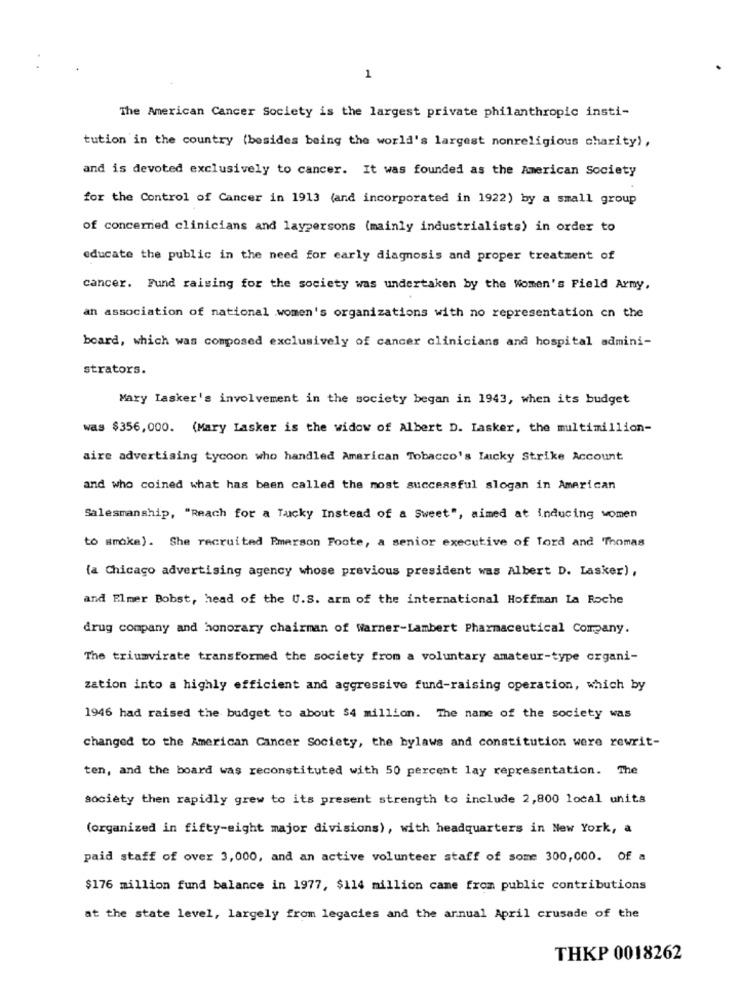
1
The American Cancer Society is the largest private philanthropic insti-
tution in the country (besides being the world's largest nonreligious charity),
and is devoted exclusively to cancer. It was founded as the American Society
for the Control of Cancer in 1913 (and incorporated in 1922) by a small group
of concerned clinicians and laypersons (mainly industrialists) in order to
educate the public in the need for early diagnosis and proper treatment of
cancer. Fund raising for the society was undertaken by the Women's Field Army.
an association of national women's organizations with no representation cn the
board, which was composed exclusively of cancer clinicians and hospital admini-
strators.
Mary Lasker's involvement in the society began in 1943, when its budget
was $356,000. (Mary Lasker is the widow of Albert D. Lasker, the multimillion-
aire advertising tycoon who handled American Tobacco's lucky Strike Account
and who coined what has been called the most successful slogan in American
Salesmanship, "Reach for a Tacky Instead of a Sweet", aimed at inducing women
to smoke). She recruited Pmarson Foote, a senior executive of Tord and Thomas
{a Chicago advertising agency whose previous president was Albert D. Lasker) ,
and Elmer Bobst, head of the U.S. arm of the international Hoffman La Roche
drug company and honorary chairman of Warner-Lambert Pharmaceutical Company.
The triumvirate transformed the society from a voluntary amateur-type organi-
zation into a highly efficient and aggressive fund-raising operation, which by
1946 had raised the budget to about $4 million. The name of the society was
changed to the American Cancer Society, the bylaws and constitution were rewrit-
ten, and the board was reconstituted with 50 percent lay representation. The
society then rapidly grew to its present strength to include 2,800 local units
(organized in fifty-eight major divisions), with headquarters in New York, a
paid staff of over 3,000, and an active volunteer staff of some 300,000. Of a
$176 million fund balance in 1977, $114 million came from public contributions
at the state level, largely from legacies and the annual April crusade of the
THKP 0018262